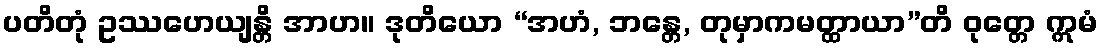
ပတိတုံ ဥဿဟေယျန္တိ အာဟ။ ဒုတိယော “အဟံ, ဘန္တေ, တုမှာကမတ္ထာယာ”တိ ဝုတ္တေ ဣမံ